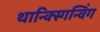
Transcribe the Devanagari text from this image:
थान्क्स्गिन्विंग